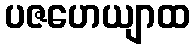
ပဇဟေယျာထ